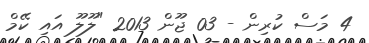
4 މަސް ކުރިން - 03 ޖޫން 2013 "ލޫލޫ އައި ކޭމް